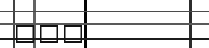
١١٦